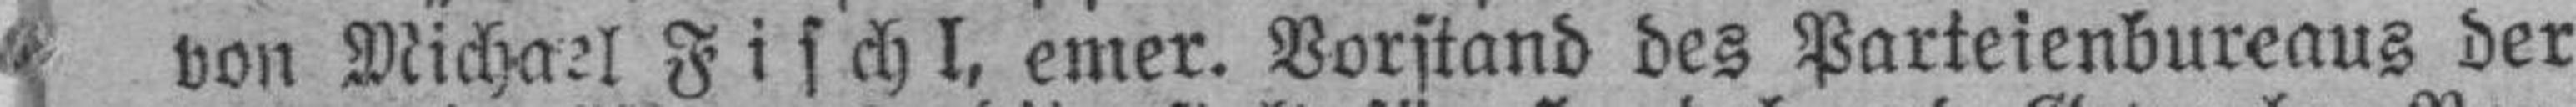
von Michael Fischl, emer. Vorstand des Parteienbureaus der